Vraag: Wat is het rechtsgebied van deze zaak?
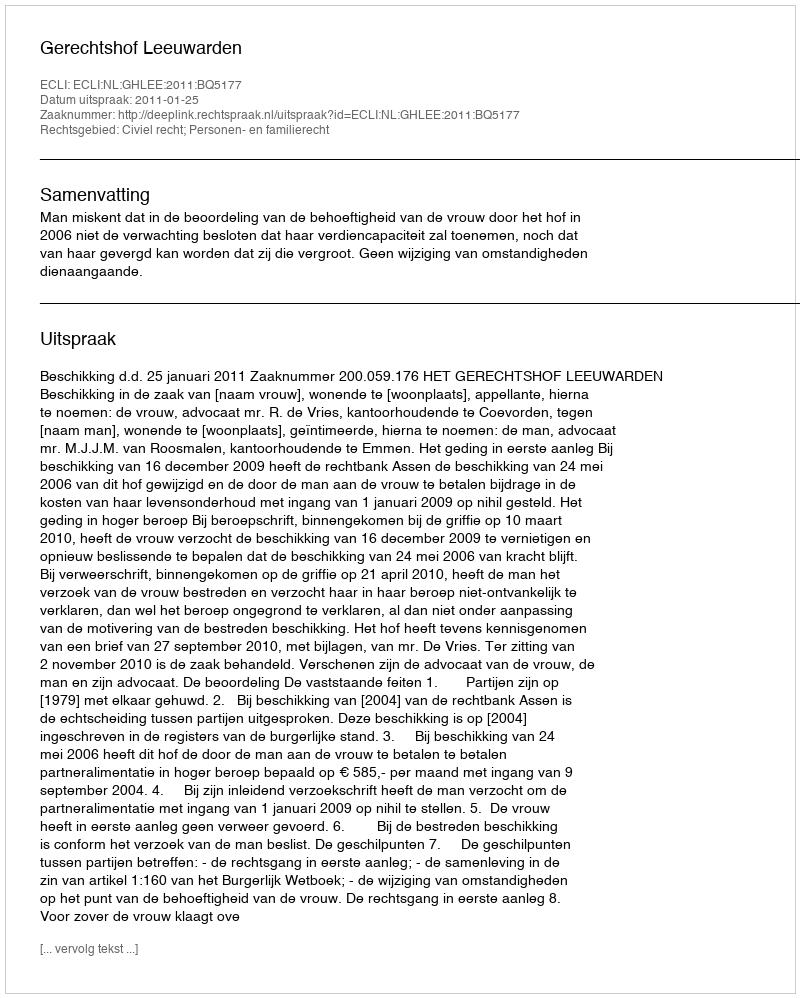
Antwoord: Civiel recht; Personen- en familierecht